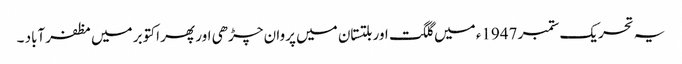
یہ تحریک ستمبر 1947ء میں گلگت اور بلتستان میں پروان چڑھی اور پھر اکتوبر میں مظفرآباد ۔